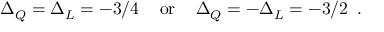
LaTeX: \Delta _ { Q } = \Delta _ { L } = - 3 / 4 \, \, \, \, \, \mathrm { ~ o r ~ } \, \, \, \, \, \Delta _ { Q } = - \Delta _ { L } = - 3 / 2 \, \, \, .